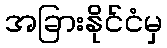
အခြားနိုင်ငံမှ